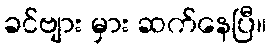
ခင်ဗျား မှား ဆက်နေပြီ။